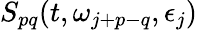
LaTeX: S_{pq}(t,\omega_{j+p-q},\epsilon_{j})